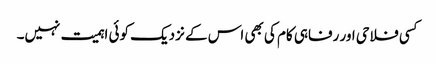
کسی فلاحی اور رفاہی کام کی بھی اس کے نزدیک کوئی اہمیت نہیں۔